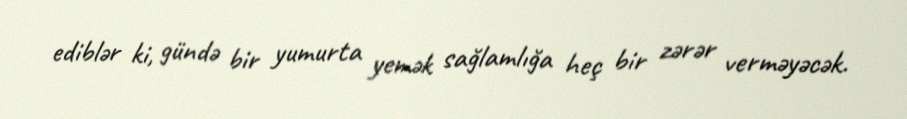
ediblər ki, gündə bir yumurta yemək sağlamlığa heç bir zərər verməyəcək.